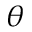
\theta